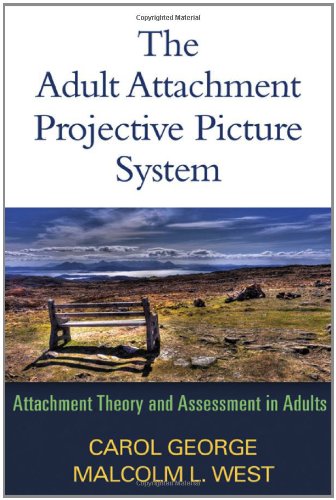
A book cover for The Adult Attachment Projective Picture System: Attachment Theory and Assessment in Adults; Carol George PhD; Science & Math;